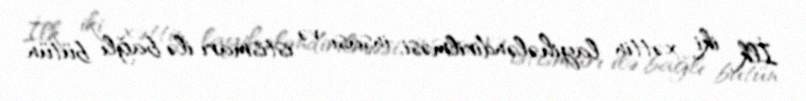
İlk iki xəttin layihələndirilməsi, inşası və istismarı ilə bağlı bütün